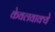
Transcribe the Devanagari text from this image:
केवलवाक्ये